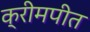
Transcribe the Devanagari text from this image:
क्रीमपीत